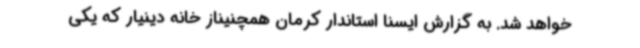
خواهد شد. به گزارش ایسنا استاندار کرمان همچنیناز خانه دینیار که یکی